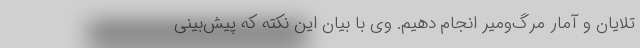
تلایان و آمار مرگ‌ومیر انجام دهیم. وی با بیان این نکته که پیش‌بینی